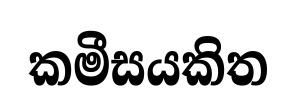
කමීසයකිත